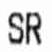
SR